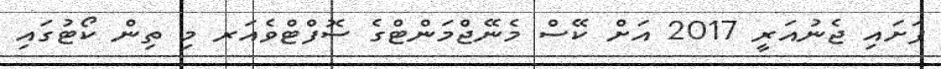
ފަށައި ޖެނުއަރީ 2017 އަށް ކޭސް މެނޭޖްމަންޓްގެ ސޮފްޓްވެއަރ މި ތިން ކޯޓުގައި